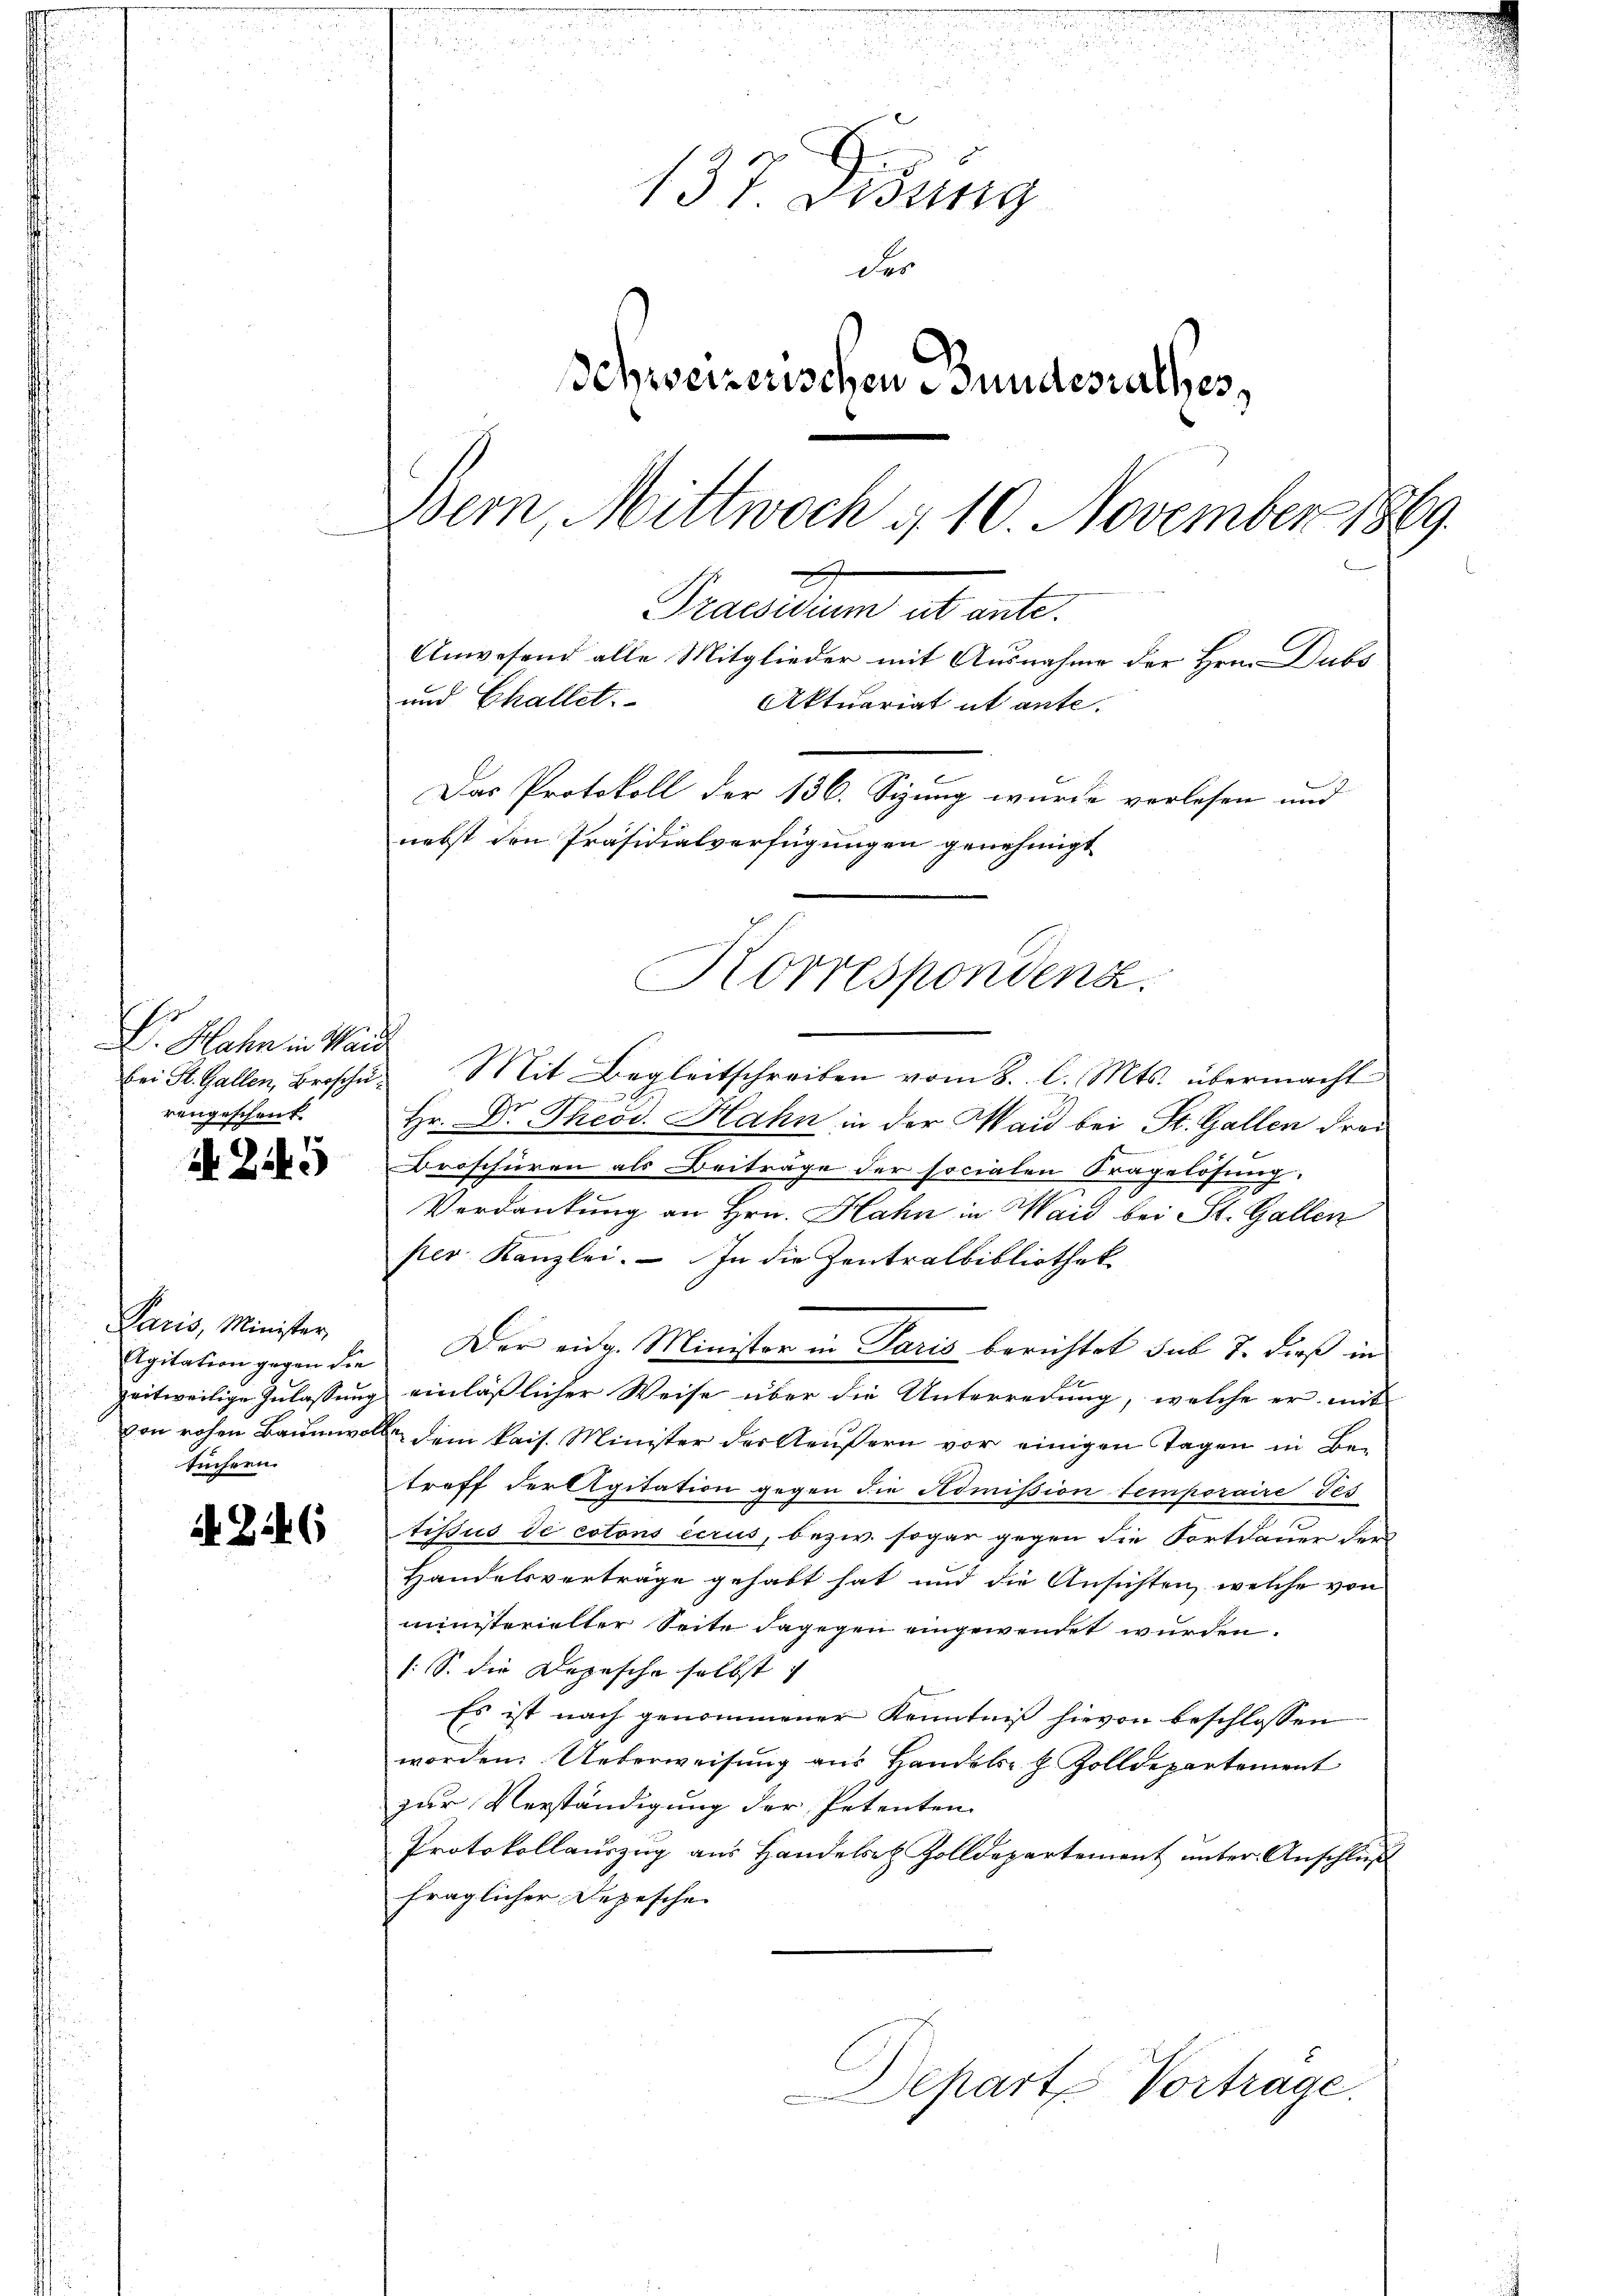
Dr. Hahn in Wand
rengeschenk

2. Zeh

Paris, Minister,
tüchern.

it. Zif. (1

u
137 Disung
der
Schweizerischen Bundesrathes,
Bern Mittwoch d. 10. November 1869.
x
Praesidium ut ante.
Anwesend alle Mitglieder mit Ausnahme der Hrn. Dubs
und Challet.
Aktuariat ut ante.
Das Protokoll der 136. Sizung wurde verlesen und
nebst den Präsidialverfügungen genehmigt

bei St. Gallen, Brosche Mit Begleitschreiben vom 8. l. Mts. übermacht
Hr. Dr. Theod. Hahn in der Waid bei St. Gallen drei
Droschüren als Beiträge der socialen Fragelösung.
Verdankung an Hrn. Hahn in Waid bei St. Gallen
per Kanzlei. In die Zentralbibliothek
Agitation gegen die Der eidg. Minister in Paris berichtet sub 7. dieß in
zeitweilige Zulassung einläßlicher Weise über die Unterredung, welche er mit
von rohen Baumwolle dem kais. Minister der Aeußern vor einigen Tagen in Betreff der Agitation gegen die Nomission temporaire des
tissus de cotons ccrus, bezw. sogar gegen die Fortdauer den
Handelsverträge gehabt hat und die Ansichten, welche von
ministerielter Seite dagegen eingewendet wurden
/: S. die Depesche selbst
Es ist nach genommener Kenntniß hievon beschlossen
worden. Ueberweisung aus Handele h Zolldepartement
zur Verständigung der Petenten
Protokollauszug aus Handels- & Zolldepartement unter Anschluß
fraglicher Depesche
Departe Vortrage.

Korrespondenz.